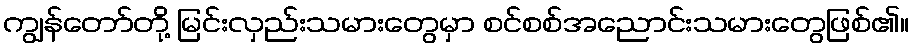
ကျွန်တော်တို့ မြင်းလှည်းသမားတွေမှာ စင်စစ်အညောင်းသမားတွေဖြစ်၏။